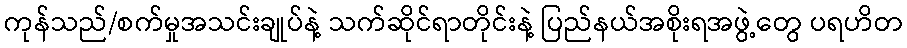
ကုန်သည်/စက်မှုအသင်းချုပ်နဲ့ သက်ဆိုင်ရာတိုင်းနဲ့ ပြည်နယ်အစိုးရအဖွဲ့တွေ ပရဟိတ